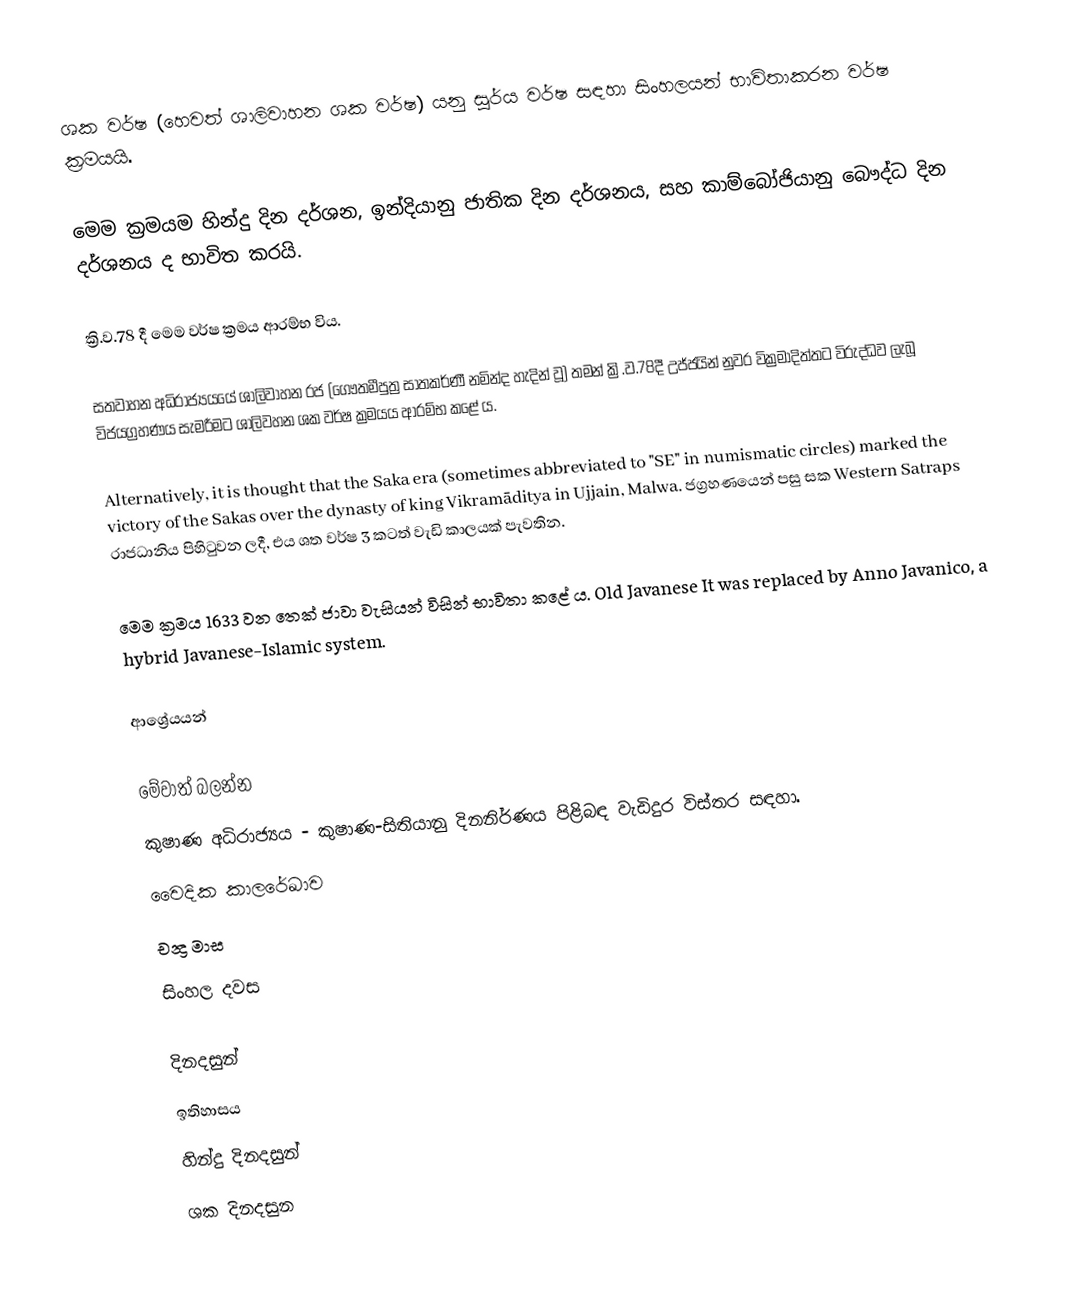
ශක වර්ෂ (හෙවත් ශාලිවාහන ශක වර්ෂ) යනු සූර්ය වර්ෂ සඳහා සිංහලයන් භාවිතාකරන වර්ෂ ක්‍රමයයි.

මෙම ක්‍රමයම හින්දු දින දර්ශන, ඉන්දියානු ජාතික දින දර්ශනය, සහ කාම්බෝජියානු බෞද්ධ දින දර්ශනය ද භාවිත කරයි.

ක්‍රි.ව.78 දී මෙම වර්ෂ ක්‍රමය ආරම්භ විය.

සතවාහන අධිරාජ්‍යයයේ ශාලිවාහන රජ  (ගෞතමීපුත්‍ර සාතකර්ණී නමින්ද හැදින් වූ) තමන් ක්‍රි.ව.78දී   උජ්ජයින් නුවර  වික්‍රමාදිත්තට විරුද්ධව ලැබූ විජයග්‍රහණය සැමරීමට ශාලිවහන ශක වර්ෂ ක්‍රමයය ආරම්භ කළේ ය.

Alternatively, it is thought that the Saka era (sometimes abbreviated to "SE" in numismatic circles) marked the victory of the Sakas over the dynasty of king Vikramāditya in Ujjain, Malwa. ජග්‍රහණයෙන් පසු සක Western Satraps රාජධානිය පිහිටුවන ලදී, එය ශත වර්ෂ 3 කටත් වැඩි කාලයක් පැවතින.

මෙම ක්‍රමය 1633 වන තෙක් ජාවා වැසියන් විසින් භාවිතා කළේ ය. Old Javanese It was replaced by Anno Javanico, a hybrid Javanese-Islamic system.

ආශ්‍රේයයන්

මේවාත් බලන්න
කුෂාණ අධිරාජ්‍යය - කුෂාණ-සිතියානු දිනනිර්ණය පිළිබඳ වැඩිදුර විස්තර සඳහා.
වෛදික කාලරේඛාව
චන්‍ද්‍ර මාස
සිංහල දවස

දිනදසුන්
ඉතිහාසය
හින්දු දිනදසුන්
ශක දිනදසුන